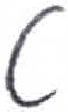
אות: ט